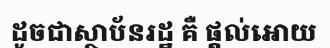
ដូចជាស្ថាប័នរដ្ឋ គឺ ផ្តល់អោយ